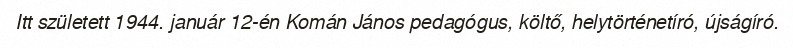
Itt született 1944. január 12-én Komán János pedagógus, költő, helytörténetíró, újságíró.